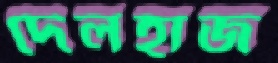
দেলহাজ